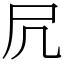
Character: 凥